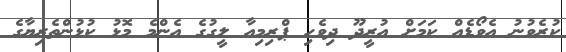
ކުރެވުނު އެވޯޑެއް ކަމަށް އުރީދޫ ދިވެހި ޕްރިމިއާ ލީގުގެ އެންމެ މޮޅު ކުޅުންތެރިޔާގެ